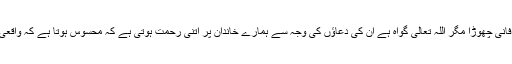
والد صاحب نے 2010ءء میں اس جہان فانی چھوڑا مگر اللہ تعالیٰ گواہ ہے ان کی دعاؤں کی وجہ سے ہمارے خاندان پر اتنی رحمت ہوتی ہے کہ محسوس ہوتا ہے کہ واقعی والدین کی دعائیں زندگی سنوار دیتی ہیں۔